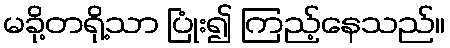
မခို့တရို့သာ ပြုံး၍ ကြည့်နေသည်။